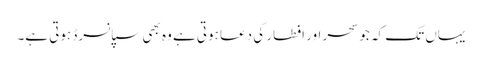
یہاں تک کہ جو سحر اور افطار کی دعا ہوتی ہے وہ بھی سپانسرڈ ہوتی ہے۔